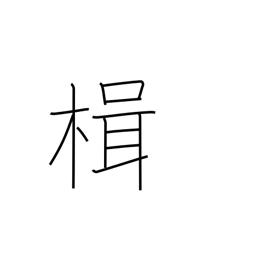
Meaning: sculling oar